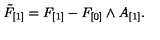
\tilde { F } _ { [ 1 ] } = F _ { [ 1 ] } - F _ { [ 0 ] } \wedge A _ { [ 1 ] } .